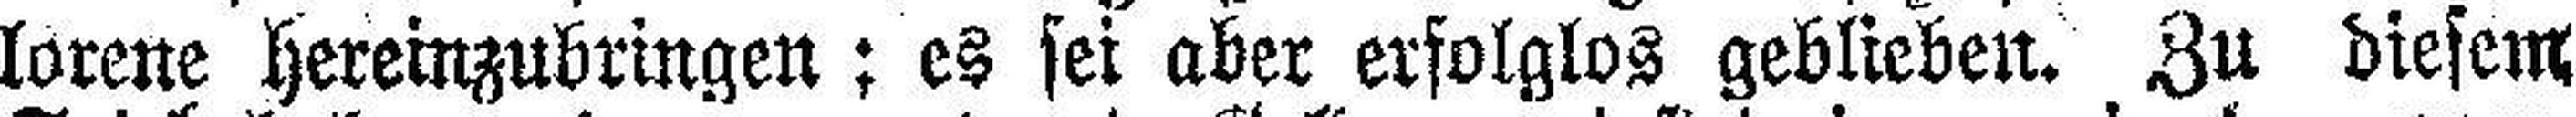
lorene hereinzubringen; es sei aber erfolglos geblieben. Zu diesem